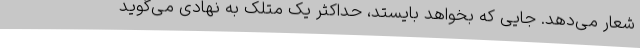
شعار می‌دهد. جایی که بخواهد بایستد، حداکثر یک مَتَلَک به نهادی می‌گوید